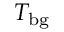
T _ { \mathrm { b g } }